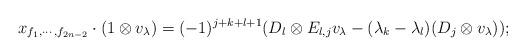
LaTeX: \begin{align*} x_{f_1,\cdots,f_{2n-2}}\cdot (1\otimes v_{\lambda})=(-1)^{j+k+l+1}(D_l\otimes E_{l,j}v_{\lambda}-(\lambda_k-\lambda_l)(D_j \otimes v_{\lambda}));\end{align*}